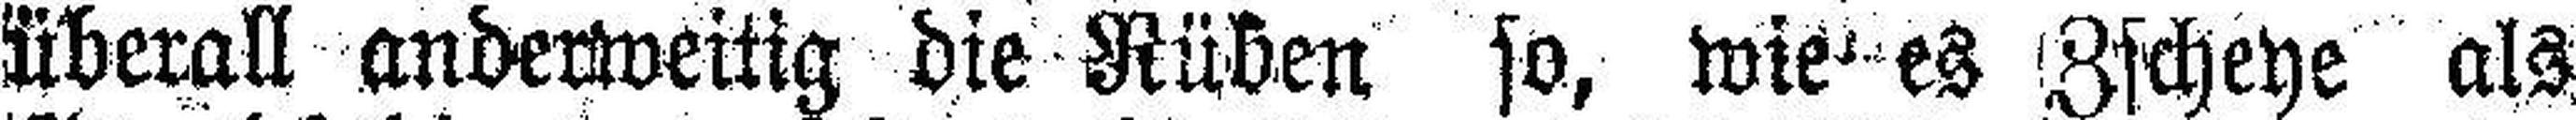
überall anderweitig die Rüben so, wie es Zscheye als